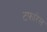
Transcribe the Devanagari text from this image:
टफारेल